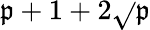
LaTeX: \mathfrak{p}+1+2\sqrt{}{{\mathfrak{p}}}